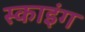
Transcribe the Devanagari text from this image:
स्‍काइंग